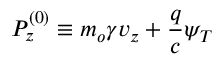
P _ { z } ^ { \left( 0 \right) } \equiv m _ { o } \gamma v _ { z } + \frac { q } { c } \psi _ { T }